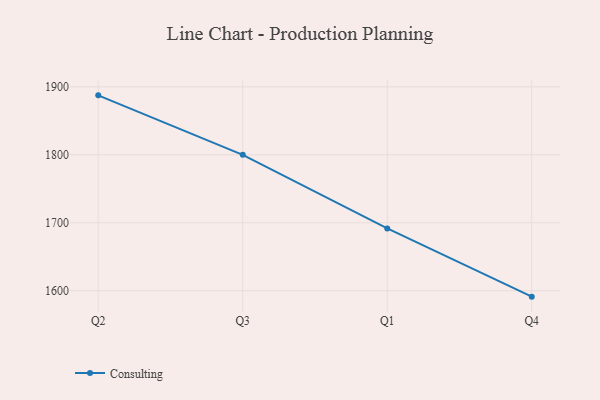
{"axis": {"x": "Quarter", "y": "Humidity (%)"}, "legend": ["Consulting"], "data": [{"x": "Q2", "y": 1887.5, "type": "Consulting"}, {"x": "Q3", "y": 1800.0, "type": "Consulting"}, {"x": "Q1", "y": 1691.7, "type": "Consulting"}, {"x": "Q4", "y": 1591.3, "type": "Consulting"}]}